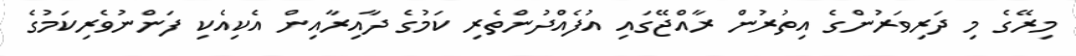
މިރޭގެ މި ދަރިވަރުންގެ އިތުރުން ރާއްޖޭގައި އުފެއްދުންތެރި ކަމުގެ ދާއިރާއިން އެކިއެކި ފަންނުވެރިކަމުގެ